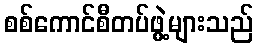
စစ်ကောင်စီတပ်ဖွဲ့များသည်